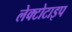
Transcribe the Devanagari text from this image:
लेक्टोटाइप